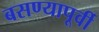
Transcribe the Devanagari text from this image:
बसण्यापूर्वी